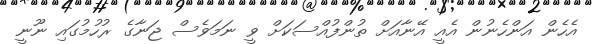
އެހެން އަންހެނުން އެއީ އޭނާއަށް ތުންފުއްސަކަށް ވީ ނަމަވެސް ޖަނާގެ ރުހުމުގައި ނޫނީ